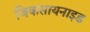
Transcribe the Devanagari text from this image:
जिकसायनाइड